Distribution and causation of leprosy in British India
Year: 1875
Disease focus: Leprosy
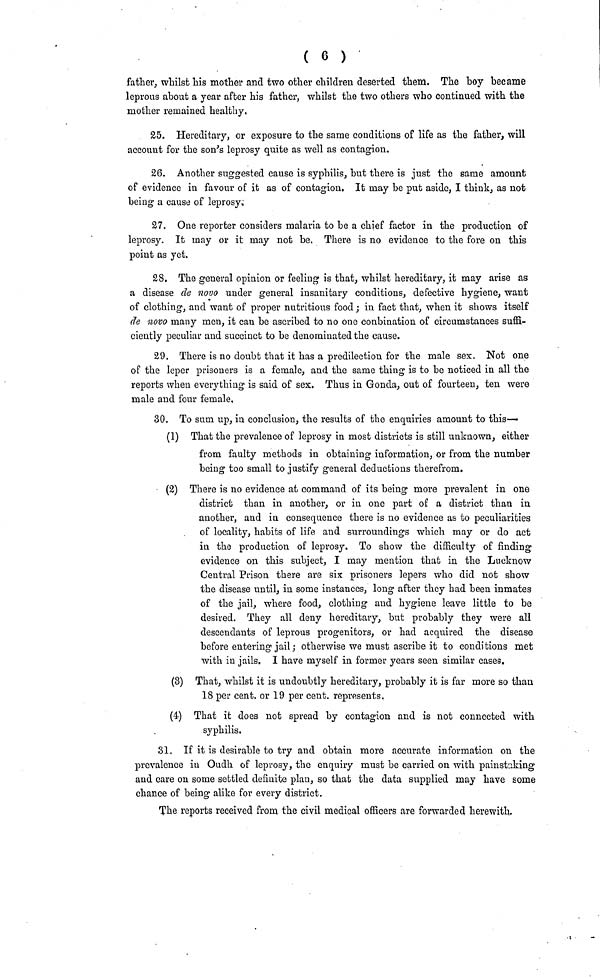
( 6 )
father, whilst his mother and two other children deserted them. The boy became
leprous about a year after his father, whilst the two others who continued with the
mother remained healthy.
25. Hereditary, or exposure to the same conditions of life as the father, will
account for the son's leprosy quite as well as contagion.
26. Another suggested cause is syphilis, but there is just the same amount
of evidence in favour of it as of contagion. It may be put aside, I think, as not
being a cause of leprosy,
27. One reporter considers malaria to be a chief factor in the production of
leprosy. It may or it may not be. There is no evidence to the fore on this
point as yet.
28. The general opinion or feeling is that, whilst hereditary, it may arise as
a disease de novo under general insanitary conditions, defective hygiene, want
of clothing, and want of proper nutritious food; in fact that, when it shows itself
de novo many men, it can be ascribed to no one conbination of circumstances suffi-
ciently peculiar and succinct to be denominated the cause.
29. There is no doubt that it has a predilection for the male sex. Not one
of the leper prisoners is a female, and the same thing is to be noticed in all the
reports when everything is said of sex. Thus in Gonda, out of fourteen, ten were
male and four female.
30. To sum up, in conclusion, the results of the enquiries amount to this—
(1) That the prevalence of leprosy in most districts is still unknown, either
from faulty methods in obtaining information, or from the number
being too small to justify general deductions therefrom.
(2) There is no evidence at command of its being more prevalent in one
district than in another, or in one part of a district than in
another, and in consequence there is no evidence as to peculiarities
of locality, habits of life and surroundings which may or do act
in the production of leprosy. To show the difficulty of finding
evidence on this subject, I may mention that in the Lucknow
Central Prison there are six prisoners lepers who did not show
the disease until, in some instances, long after they had been inmates
of the jail, where food, clothing and hygiene leave little to be
desired. They all deny hereditary, but probably they were all
descendants of leprous progenitors, or had acquired the disease
before entering jail ; otherwise we must ascribe it to conditions met
with in jails. I have myself in former years seen similar cases.
(3) That, whilst it is undoubtly hereditary, probably it is far more so than
18 per cent. or 19 per cent. represents.
(4) That it does not spread by contagion and is not connected with
syphilis.
31. If it is desirable to try and obtain more accurate information on the
prevalence in Oudh of leprosy, the enquiry must be carried on with painstaking
and care on some settled definite plan, so that the data supplied may have some
chance of being alike for every district.
The reports received from the civil medical officers are forwarded herewith.